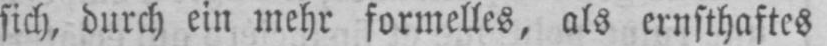
sich, durch ein mehr formelles, als ernsthaftes